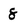
Character: 8